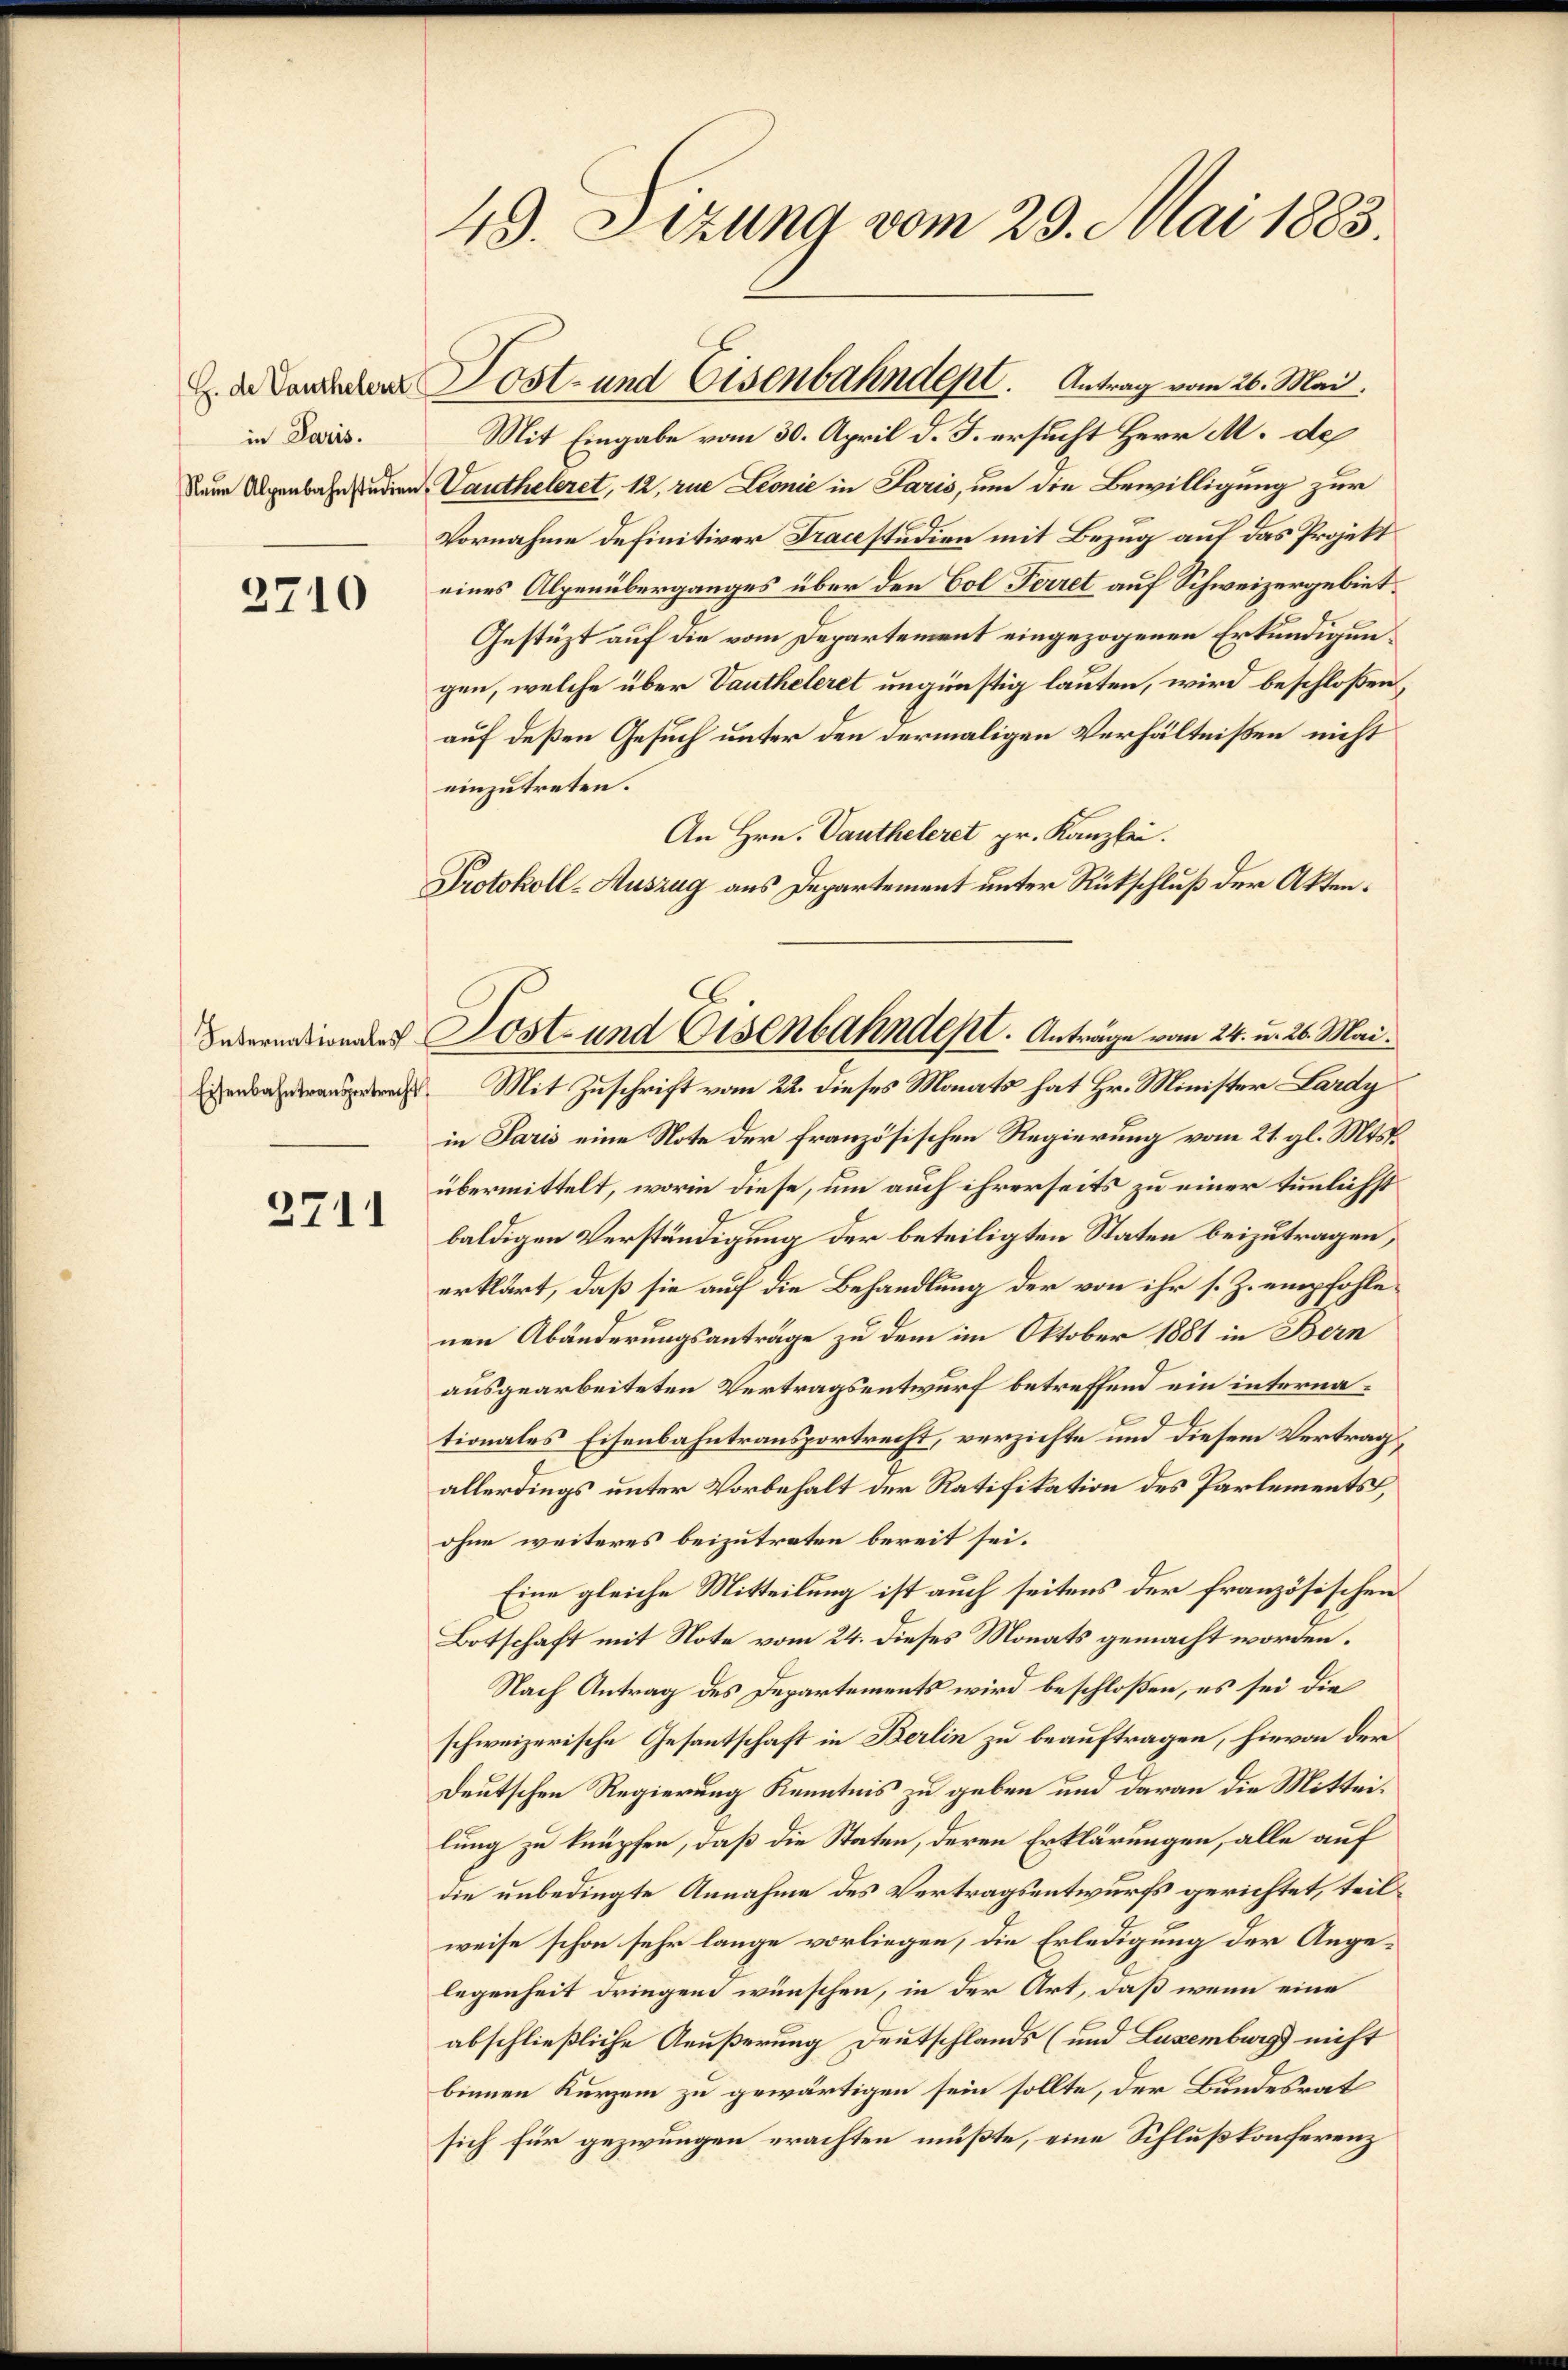
in Paris.

3710

Eisenbahntransportrecht

2711

49. Sizung vom 29. Mai 1883.

Mit Eingabe vom 30. April d. J. ersucht Herr M. de
Dann Alpenbahnstudien Vautheleret, 12, rue Leonić in Paris, um die Bewilligung zur
Vornahme definitiver Tracestudien mit Bezug auf das Projekt
eines Alpenüberganges über den Bol Ferret auf Schweizergebiet
Gestüzt auf die vom Departement eingezogenen Erkundigungen, welche über Vautheleret ungünstig lauten, wird beschloßen,
auf deßen Gesuch unter den dermaligen Verhältnißen nicht
einzutreten.
An Hrn. Pantheleret pr. Kanzlei.
Protokoll-Auszug aus Departement unter Rückschluß der Akten¬
Mit Zuschrift vom 22. dieses Monats hat Hr. Minister Lardy
in Paris eine Note der französischen Regierung vom 21. gl. Mts.
übermittelt, worin diese, um auch ihrerseits zu einer stimmlichst
baldigen Verständigung der beteiligten Staten beizutragen,
erklärt, daß sie auf die Behandlung der von ihr s. Z. empfohlenen Abänderungsanträge zu dem im Oktober 1881 in Bern
ausgearbeiteten Vertragsentwurf betreffend ein internationales Eisenbahntransportrecht, verzichte und diesem Vertrag,
allerdings unter Vorbehalt der Ratifikation des Parlements,
ohne weiteres beizutreten bereit sei.
Eine gleiche Mitteilung ist auch seitens der französischen
Botschaft mit Note vom 24. dieses Monats gemacht worden.
Nach Antrag des Departements wird beschloßen, es sei die
schweizerische Gesantschaft in Berlin zu beauftragen, hievon der
Deutschen Regierung Kenntnis zu geben und daran die Mitteilung zu knüpfen, daß die Staten, deren Erklärungen, alle auf
die unbedingte Annahme des Vertragsentwurfs gerichtet, teilweise schon sehr lange vorliegen, die Erledigung der Angelegenheit dringend wünschen, in der Art, daß wenn eine
abschließliche Aeußerung Deutschlands (und Luxenburg nicht
binnen Kurzem zu gewärtigen sein sollte, der Bundesrat
sich für gezwungen erachten müßte, eine Schlußkonferenz

. da anderen Lost- und Eisenbahndent. Antrag vom 26. Mai.

Davernation des Post- und Eisenbahndept. Anträge vom 24. u. 26. Mai.